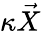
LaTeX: \kappa\vec{X}